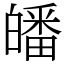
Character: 皤